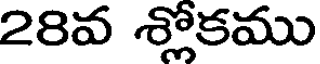
28వ శ్లోకము